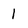
Character: l